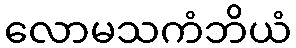
လောမသကံဘိယံ